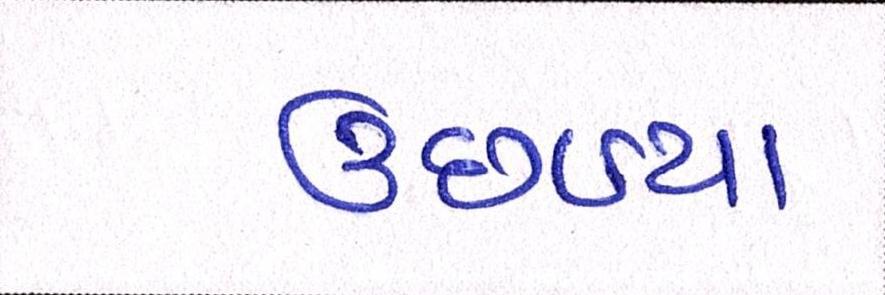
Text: ઉછળ્યા